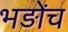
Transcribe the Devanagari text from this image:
भड़ोंच